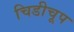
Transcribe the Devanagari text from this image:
चिडीचूप